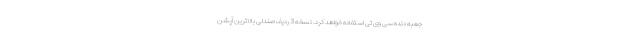
جعبه دنده سی وی تی استفاده خواهد کرد. نسخه 3 ردیف صندلی بالاترین آپشن